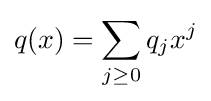
q(x)=\sum _{j\geq 0}q_{j}x^{j}